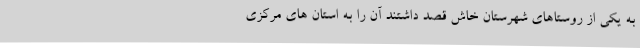
به یکی از روستاهای شهرستان خاش قصد داشتند آن را به استان های مرکزی